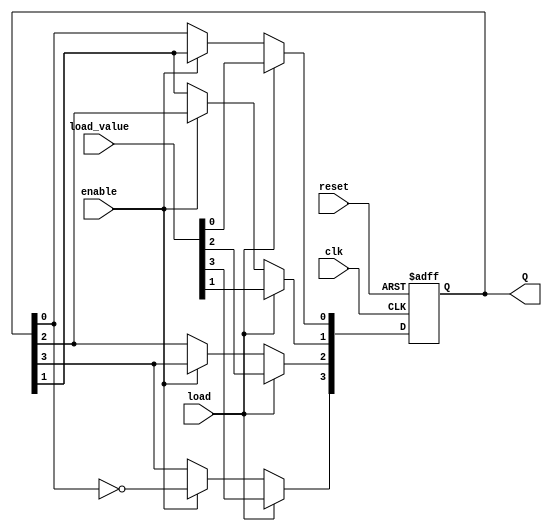
module johnson_counter (
    input wire clk,         // Clock signal
    input wire reset,       // Asynchronous reset
    input wire enable,      // Enable signal
    input wire load,        // Load signal
    input wire [3:0] load_value, // Value to load (if load is asserted)
    output reg [3:0] Q      // 4-bit output
);

    // State transition logic
    always @(posedge clk or posedge reset) begin
        if (reset) begin
            Q <= 4'b0000; // Reset state
        end else if (load) begin
            Q <= load_value; // Load specific value
        end else if (enable) begin
            Q[3] <= ~Q[0]; // Inverted output of the last flip-flop
            Q[2] <= Q[3];
            Q[1] <= Q[2];
            Q[0] <= Q[1];
        end
    end

endmodule